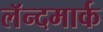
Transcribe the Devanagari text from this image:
लॅन्दमार्क